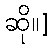
ဆို။]